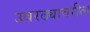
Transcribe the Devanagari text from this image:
उबरठ्यावरील